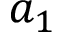
a _ { 1 }